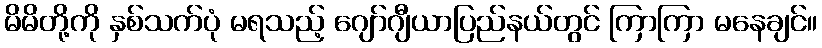
မိမိတို့ကို နှစ်သက်ပုံ မရသည့် ဂျော်ဂျီယာပြည်နယ်တွင် ကြာကြာ မနေချင်။